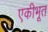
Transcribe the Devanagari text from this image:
एकीभूत